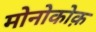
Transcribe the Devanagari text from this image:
मोनोकोक़